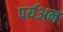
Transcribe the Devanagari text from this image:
पर्यअन